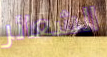
الشعائر